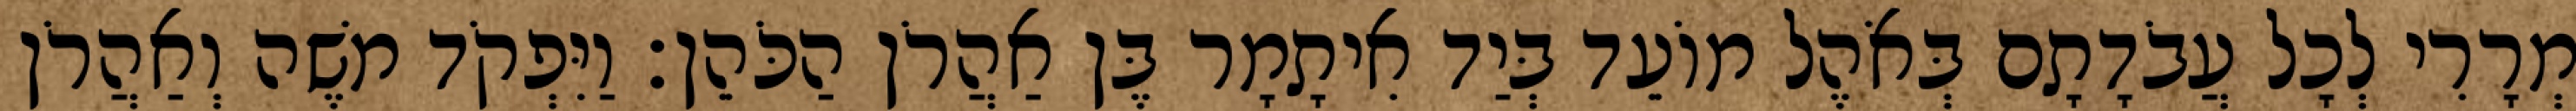
מְרָרִי לְכָל עֲבֹדָתָם בְּאֹהֶל מוֹעֵד בְּיַד אִיתָמָר בֶּן אַהֲרֹן הַכֹּהֵן׃ וַיִּפְקֹד משֶׁה וְאַהֲרֹן